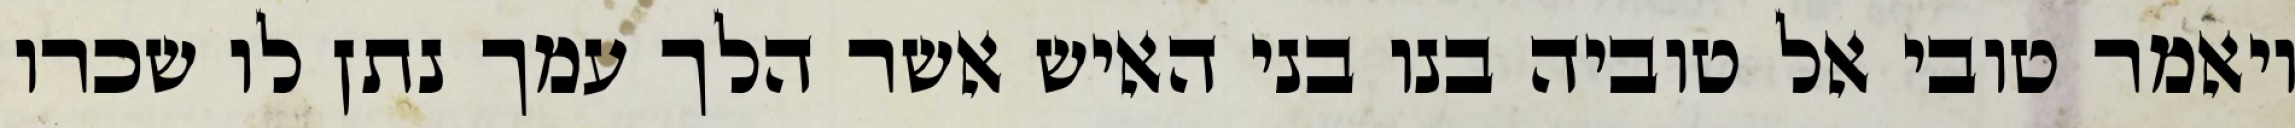
ויאמר טובי אל טוביה בנו בני האיש אשר הלך עמך נתן לו שכרו